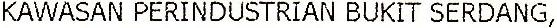
KAWASAN PERINDUSTRIAN BUKIT SERDANG,